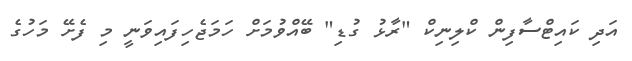
އަދި ކައިޓްސާފިން ކްލިނިކް "ރާޅު ގުޑި" ބޭއްވުމަށް ހަމަޖެހިފައިވަނީ މި ފެށޭ މަހުގެ